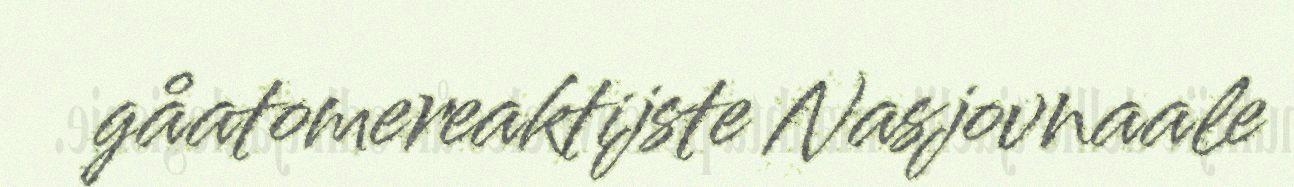
gåatomereaktijste Nasjovnaale